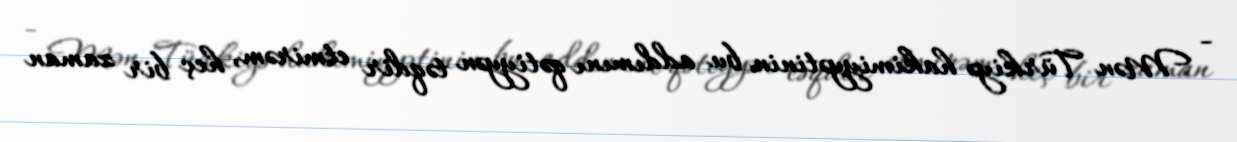
- Mən Türkiyə hakimiyyətinin bu addımını qətiyyən təqdir etmirəm, heç bir zaman